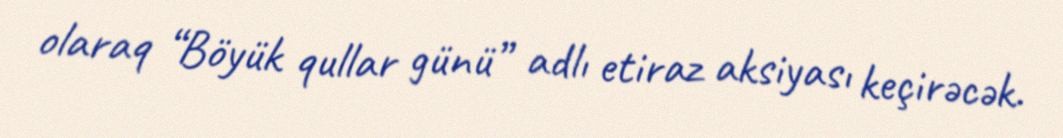
olaraq “Böyük qullar günü” adlı etiraz aksiyası keçirəcək.